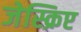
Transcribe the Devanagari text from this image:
जेस्क्रिप्ट